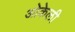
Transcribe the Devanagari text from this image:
ओकेली